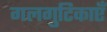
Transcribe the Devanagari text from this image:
गलगुटिकाएँ